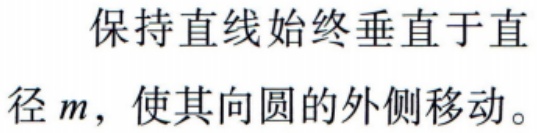
保持直线始终垂直于直\\径\(m\)，使其向圆的外侧移动。